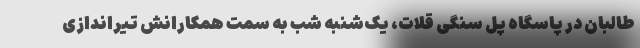
طالبان در پاسگاه پل سنگی قلات، یک‌شنبه شب به سمت همکارانش تیراندازی